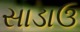
સાડાઉ